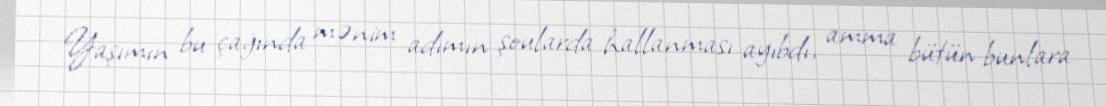
Yaşımın bu çağında mənim adımın şoularda hallanması ayıbdı, amma bütün bunlara